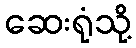
ဆေးရုံသို့